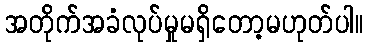
အတိုက်အခံလုပ်မှုမရှိတော့မဟုတ်ပါ။